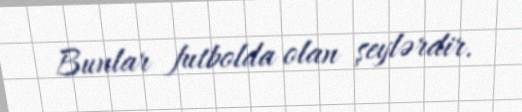
Bunlar futbolda olan şeylərdir.